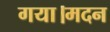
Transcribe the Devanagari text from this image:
गया।मदन